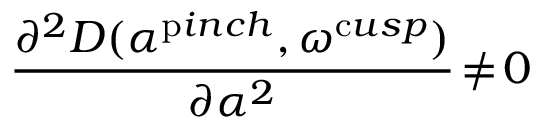
\frac { \partial ^ { 2 } D ( \alpha ^ { \mathrm { p } i n c h } , \omega ^ { \mathrm { c } u s p } ) } { \partial \alpha ^ { 2 } } \! \ne \! 0